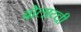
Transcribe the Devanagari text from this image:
बोलाय्ची